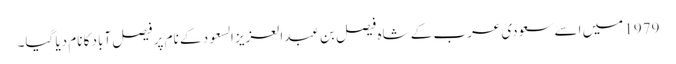
1979 میں اسے سعودی عرب کے شاہ فیصل بن عبدالعزیز السعود کے نام پر فیصل آباد کا نام دیا گیا۔